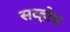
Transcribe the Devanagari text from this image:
सव्होय